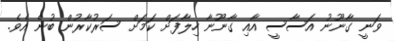
ވަނީ ގާނޫނު އަސާސީ އާއި ގާނޫނާ ހިލާފަށް ކަމަށް ސަރުކާރުން ބުނެ އެވެ.